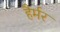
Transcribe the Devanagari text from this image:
हैर्मर